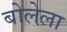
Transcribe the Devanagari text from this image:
बोलेला